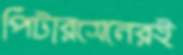
পিটারসেনেরই